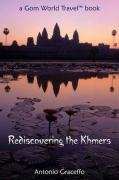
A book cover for Rediscovering the Khmers; Antonio Graceffo; Travel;